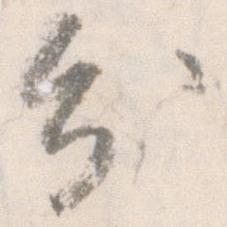
分